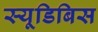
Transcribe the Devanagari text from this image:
स्यूडिबिस